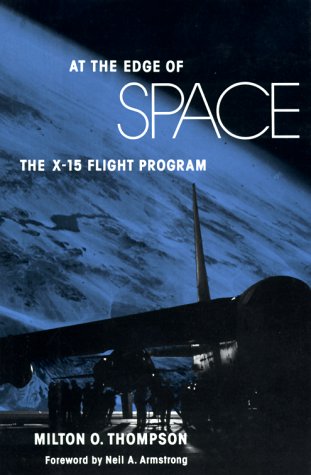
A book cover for At the Edge of Space: The X-15 Flight Program; Milton O. Thompson; Travel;